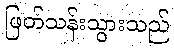
ဖြတ်သန်းသွားသည်